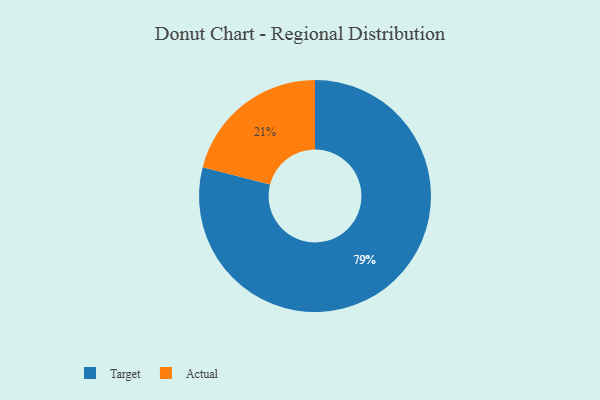
{"axis": {"x": "Category", "y": "Percentage"}, "legend": ["Actual", "Target"], "data": [{"x": "Actual", "y": 21, "type": "Actual"}, {"x": "Target", "y": 79, "type": "Target"}]}